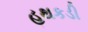
હથકડી